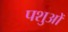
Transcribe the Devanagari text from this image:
पशुआें